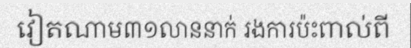
វៀតណាម៣១លាននាក់ រងការប៉ះពាល់ពី